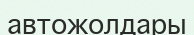
автожолдары